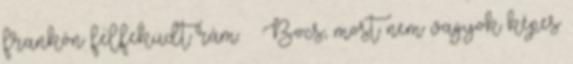
frankón felfeküdt rám. – Bocs, most nem vagyok képes